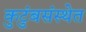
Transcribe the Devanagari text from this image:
कुटुंबसंस्थेत